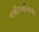
નથીગનીચાચા